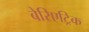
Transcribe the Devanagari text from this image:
बेरिएट्रिक